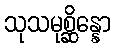
သုသမုစ္ဆိန္နော